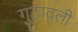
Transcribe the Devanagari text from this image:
गुठावली